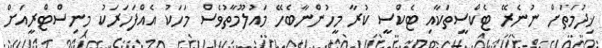
ޚިދުމަތަށް ނުނެރޭ ޓެކްސީތަކާއި ޓެކްސީ ކުރާ މީހުންނާބެހޭ މައުލޫމާތުވެސް މަހަކު އެއްފަހަރަކު މިނިސްޓްރީއަށް